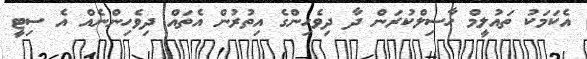
އެކަމަކު ތައުލީމް ހާސިލްކުރަން ދާ ދިވެހިންގެ އިތުރުން އެތައް ދިވެހިންނެއް އެ ސިޓީ